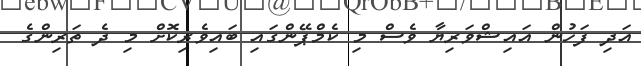
އަދި ފަހުން އައިޝްވަރިޔާ ވެސް މި ކެމްޕޭންގައި ބައިވެރިކޮށް މި ދެ ތަރިންގެ